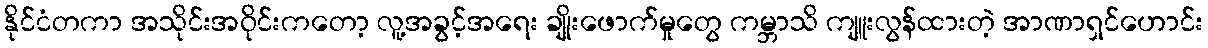
နိုင်ငံတကာ အသိုင်းအဝိုင်းကတော့ လူ့အခွင့်အရေး ချိုးဖောက်မှုတွေ ကမ္ဘာသိ ကျူးလွန်ထားတဲ့ အာဏာရှင်ဟောင်း